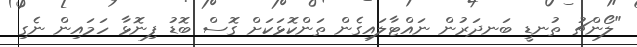
"ލޯންޗު ތުނޑީ ބަނދަރުން ނައްޓާލައިގެން ތަންކޮޅަކަށް ގޮސް ބޮޑު ފިނޮޅާ ހަމައިން ނެގި